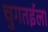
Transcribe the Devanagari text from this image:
चुगतईला